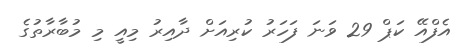
އެފްއޭ ކަޕް 29 ވަނަ ފަހަރު ކުރިއަށް ދާއިރު މިއީ މި މުބާރާތުގެ